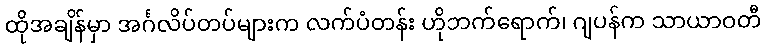
ထိုအချိန်မှာ အင်္ဂလိပ်တပ်များက လက်ပံတန်း ဟိုဘက်ရောက်၊ ဂျပန်က သာယာဝတီ